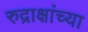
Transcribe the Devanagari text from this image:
रुद्राक्षांच्या